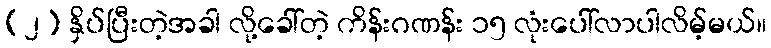
(၂) နှိပ်ပြီးတဲ့အခါ လို့ခေါ်တဲ့ ကိန်းဂဏန်း ၁၅ လုံးပေါ်လာပါလိမ့်မယ်။